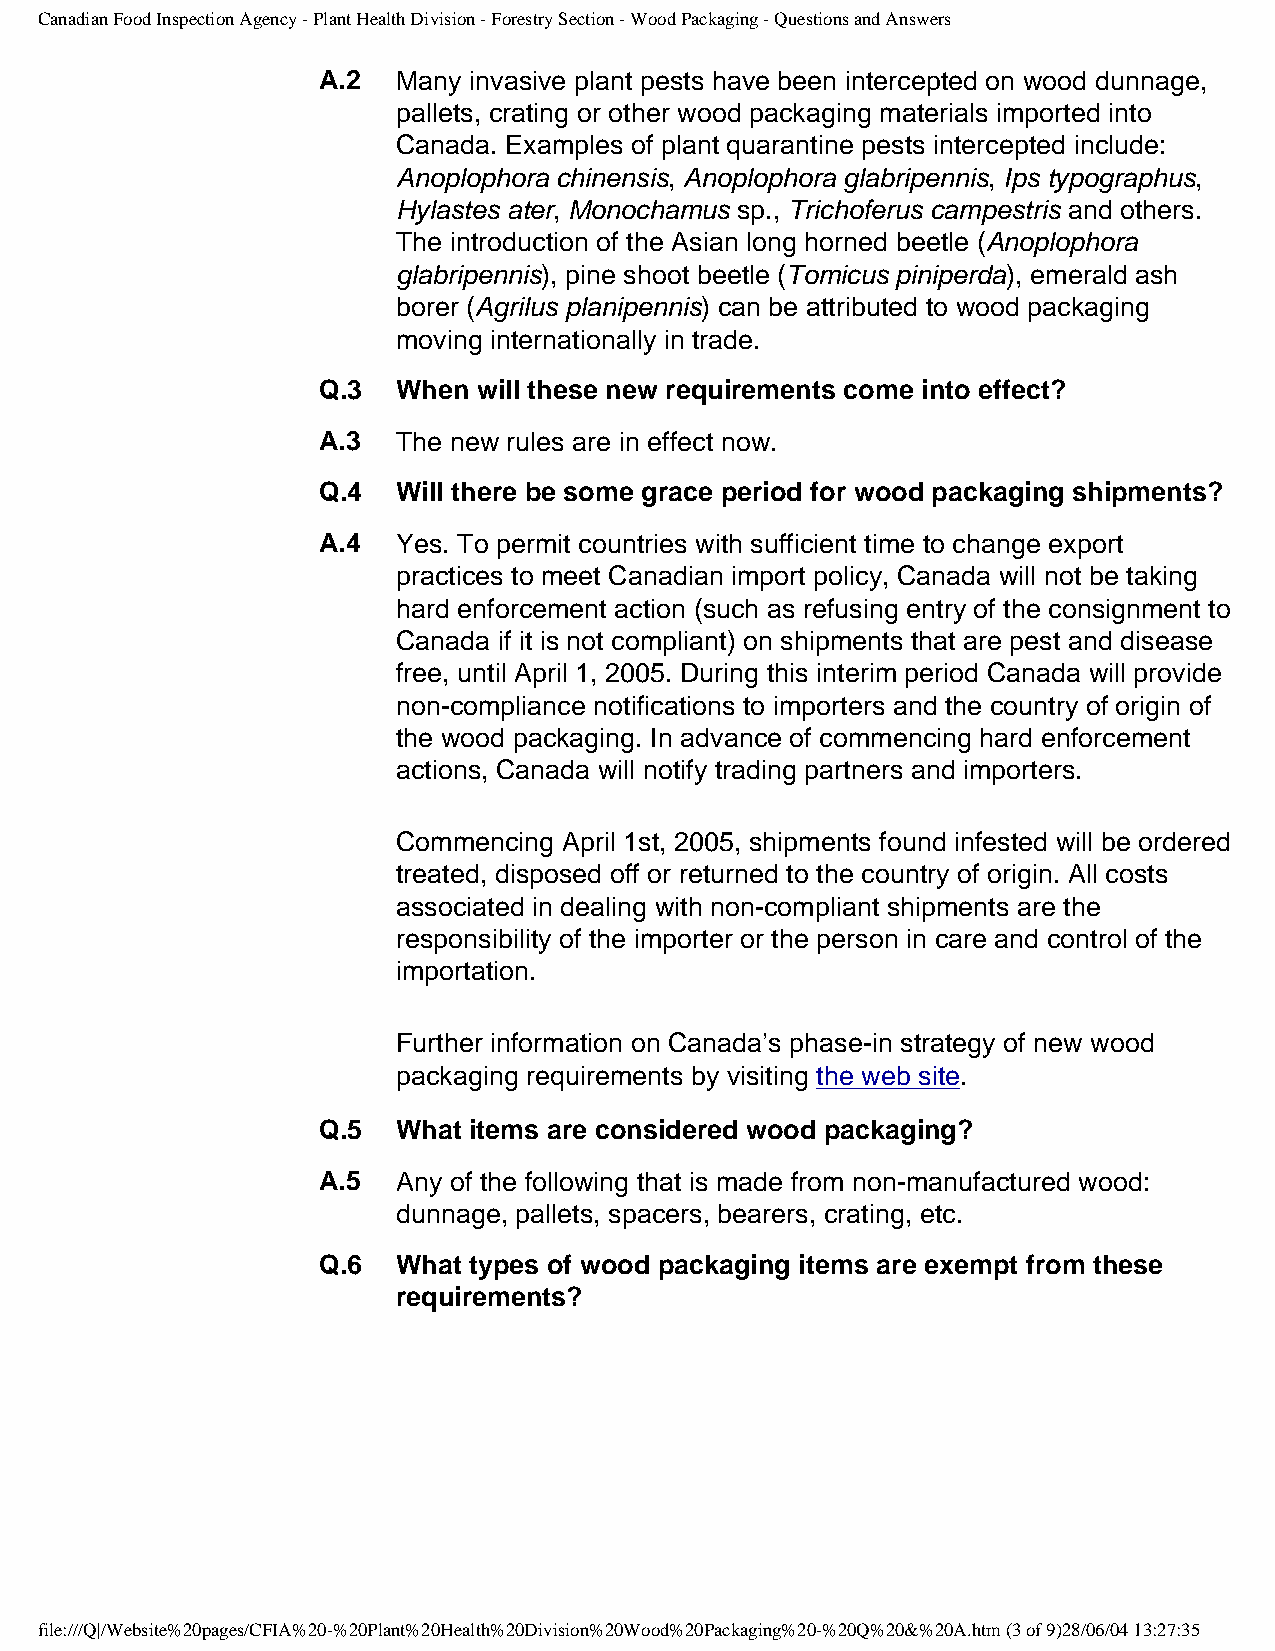
Canadian Food Inspection Agency - Plant Health Division - Forestry Section - Wood Packaging - Questions and Answers
 A.2  Many invasive plant pests have been intercepted on wood dunnage,
 pallets, crating or other wood packaging materials imported into
 Canada. Examples of plant quarantine pests intercepted include:
 Anoplophora chinensis, Anoplophora glabripennis, Ips typographus,
 Hylastes ater, Monochamus sp., Trichoferus campestris and others.
 The introduction of the Asian long horned beetle (Anoplophora
 glabripennis), pine shoot beetle (Tomicus piniperda), emerald ash
 borer (Agrilus planipennis) can be attributed to wood packaging
 moving internationally in trade.
 Q.3  When  will these new requirements come into effect?
 A.3  The new rules are in effect now.
 Q.4  Will there be some grace period for wood packaging shipments?
 A.4  Yes. To permit countries with sufficient time to change export
 practices to meet Canadian import policy, Canada will not be taking
 hard enforcement action (such as refusing entry of the consignment to
 Canada if it is not compliant) on shipments that are pest and disease
 free, until April 1, 2005. During this interim period Canada will provide
 non-compliance notifications to importers and the country of origin of
 the wood packaging. In advance of commencing hard enforcement
 actions, Canada will notify trading partners and importers.
 Commencing April 1st, 2005, shipments found infested will be ordered
 treated, disposed off or returned to the country of origin. All costs
 associated in dealing with non-compliant shipments are the
 responsibility of the importer or the person in care and control of the
 importation.
 Further information on Canada’s phase-in strategy of new wood
 packaging requirements by visiting the web site.
 Q.5  What items are considered wood packaging?
 A.5  Any of the following that is made from non-manufactured wood:
 dunnage, pallets, spacers, bearers, crating, etc.
 Q.6  What types of wood packaging items are exempt from these
 requirements?
 file:///Q|/Website%20pages/CFIA%20-%20Plant%20Health%20Division%20Wood%20Packaging%20-%20Q%20&%20A.htm (3 of 9)28/06/04 13:27:35